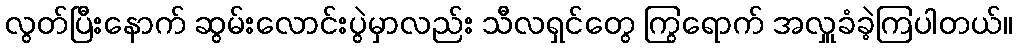
လွတ်ပြီးနောက် ဆွမ်းလောင်းပွဲမှာလည်း သီလရှင်တွေ ကြွရောက် အလှူခံခဲ့ကြပါတယ်။